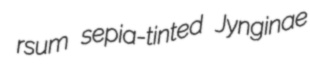
rsum sepia-tinted Jynginae